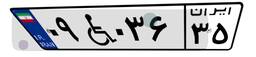
۰۹W۰۳۶۳۵